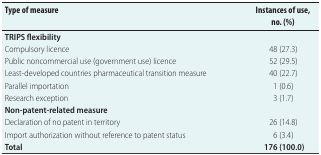
<table><thead><tr><td><b>Type of measure</b></td><td><b>Instances of use, no. (%)</b></td></tr></thead><tbody><tr><td><b>TRIPS flexibility</b></td><td></td></tr><tr><td>Compulsory licence</td><td>48 (27.3)</td></tr><tr><td>Public noncommercial use (government use) licence</td><td>52 (29.5)</td></tr><tr><td>Least-developed countries pharmaceutical transition measure</td><td>40 (22.7)</td></tr><tr><td>Parallel importation</td><td>1 (0.6)</td></tr><tr><td>Research exception</td><td>3 (1.7)</td></tr><tr><td><b>Non-patent-related measure</b></td><td></td></tr><tr><td>Declaration of no patent in territory</td><td>26 (14.8)</td></tr><tr><td>Import authorization without reference to patent status</td><td>6 (3.4)</td></tr><tr><td><b>Total</b></td><td><b>176 (100.0)</b></td></tr></tbody></table>